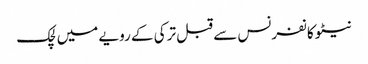
نیٹو کانفرنس سے قبل ترکی کے رویے میں لچک